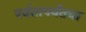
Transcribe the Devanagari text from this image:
पर्वतापर्यंतचा